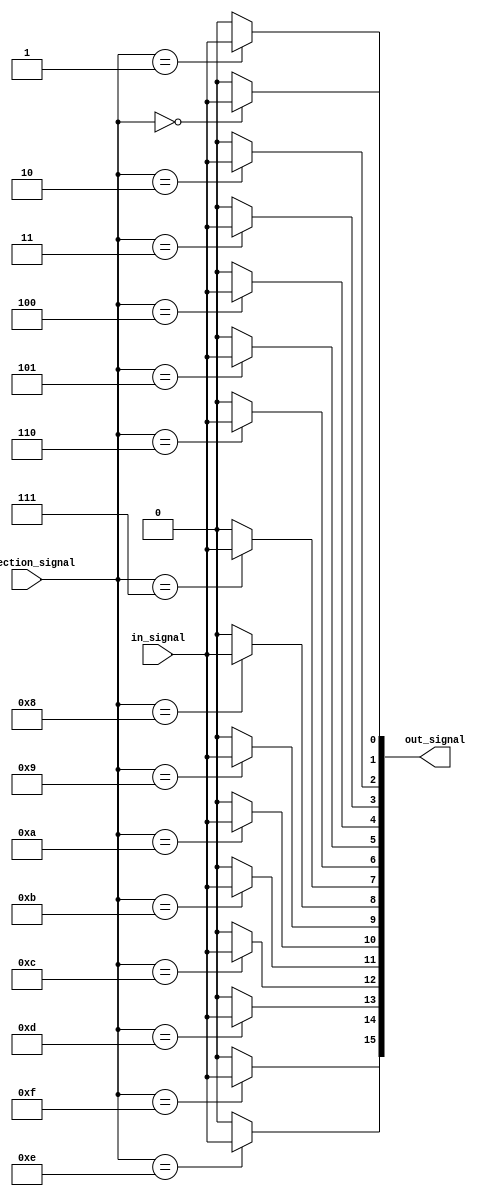
module demux_1to16 (
    input wire in_signal,
    input wire [3:0] selection_signal,
    output wire [15:0] out_signal
);

assign out_signal[0] = (selection_signal == 4'b0000) ? in_signal : 1'b0;
assign out_signal[1] = (selection_signal == 4'b0001) ? in_signal : 1'b0;
assign out_signal[2] = (selection_signal == 4'b0010) ? in_signal : 1'b0;
assign out_signal[3] = (selection_signal == 4'b0011) ? in_signal : 1'b0;
assign out_signal[4] = (selection_signal == 4'b0100) ? in_signal : 1'b0;
assign out_signal[5] = (selection_signal == 4'b0101) ? in_signal : 1'b0;
assign out_signal[6] = (selection_signal == 4'b0110) ? in_signal : 1'b0;
assign out_signal[7] = (selection_signal == 4'b0111) ? in_signal : 1'b0;
assign out_signal[8] = (selection_signal == 4'b1000) ? in_signal : 1'b0;
assign out_signal[9] = (selection_signal == 4'b1001) ? in_signal : 1'b0;
assign out_signal[10] = (selection_signal == 4'b1010) ? in_signal : 1'b0;
assign out_signal[11] = (selection_signal == 4'b1011) ? in_signal : 1'b0;
assign out_signal[12] = (selection_signal == 4'b1100) ? in_signal : 1'b0;
assign out_signal[13] = (selection_signal == 4'b1101) ? in_signal : 1'b0;
assign out_signal[14] = (selection_signal == 4'b1110) ? in_signal : 1'b0;
assign out_signal[15] = (selection_signal == 4'b1111) ? in_signal : 1'b0;

endmodule